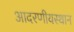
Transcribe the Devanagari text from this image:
आदरणीयस्थान